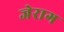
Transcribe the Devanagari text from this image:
जेराग